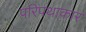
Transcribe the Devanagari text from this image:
परिपथाकार